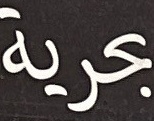
بحریة